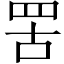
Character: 罟